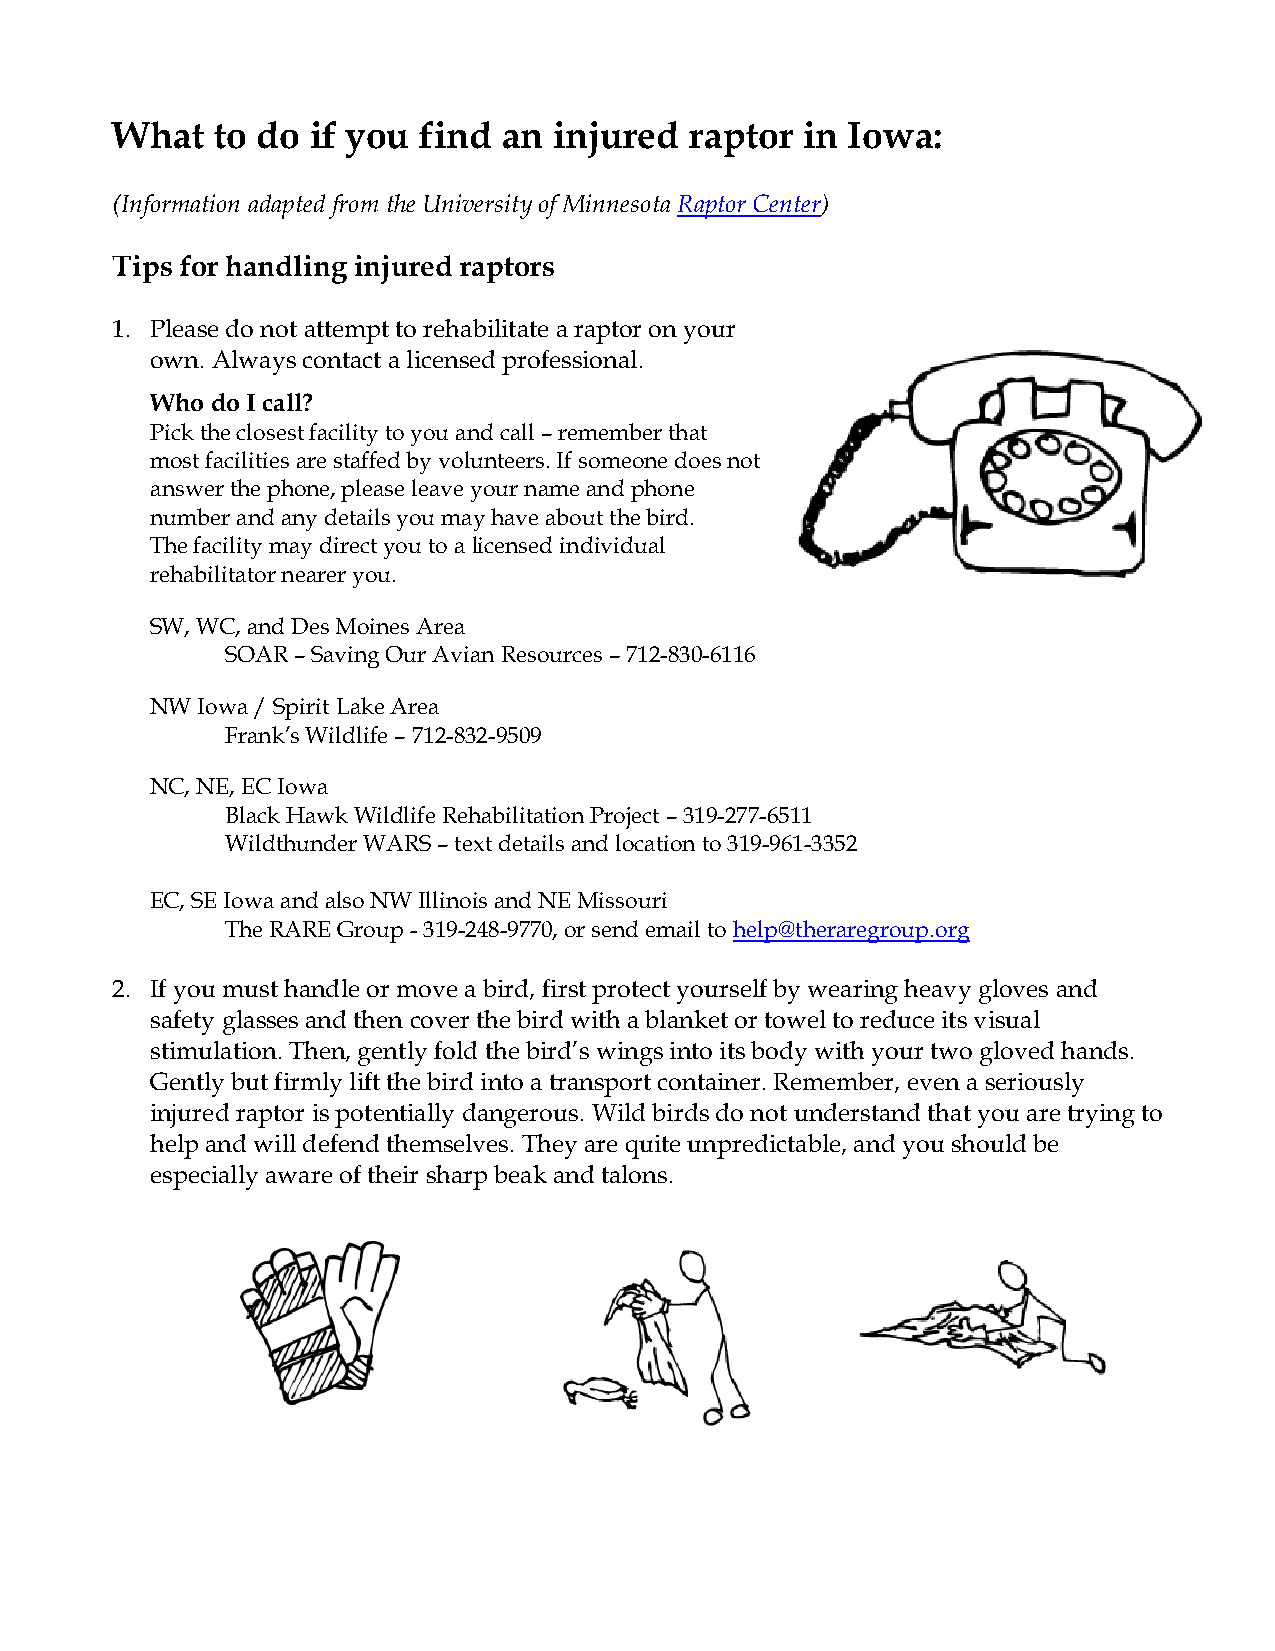
What   to do  if you find an  injured  raptor in Iowa:
 (Information adapted from the University of Minnesota Raptor Center)
 Tips for handling injured raptors
 1. Please do not attempt to rehabilitate a raptor on your
 own. Always contact a licensed professional.
 Who do I call?
 Pick the closest facility to you and call – remember that
 most facilities are staffed by volunteers. If someone does not
 answer the phone, please leave your name and phone
 number and any details you may have about the bird.
 The facility may direct you to a licensed individual
 rehabilitator nearer you.
 SW, WC, and Des Moines Area
 SOAR – Saving Our Avian Resources – 712-830-6116
 NW Iowa / Spirit Lake Area
 Frank’s Wildlife – 712-832-9509
 NC, NE, EC Iowa
 Black Hawk Wildlife Rehabilitation Project – 319-277-6511
 Wildthunder WARS – text details and location to 319-961-3352
 EC, SE Iowa and also NW Illinois and NE Missouri
 The RARE Group - 319-248-9770, or send email to help@theraregroup.org
 2. If you must handle or move a bird, first protect yourself by wearing heavy gloves and
 safety glasses and then cover the bird with a blanket or towel to reduce its visual
 stimulation. Then, gently fold the bird’s wings into its body with your two gloved hands.
 Gently but firmly lift the bird into a transport container. Remember, even a seriously
 injured raptor is potentially dangerous. Wild birds do not understand that you are trying to
 help and will defend themselves. They are quite unpredictable, and you should be
 especially aware of their sharp beak and talons.